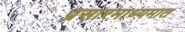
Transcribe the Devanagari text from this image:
प्रसारमाध्यमात